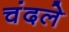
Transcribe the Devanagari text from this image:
चंदले